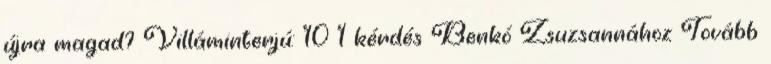
újra magad? Villáminterjú: 10 1 kérdés Benkó Zsuzsannához Tovább